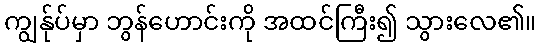
ကျွန်ုပ်မှာ ဘွန်ဟောင်းကို အထင်ကြီး၍ သွားလေ၏။